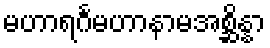
မဟာရင်္ဂမဟာနာမအစ္ဆိန္နာ